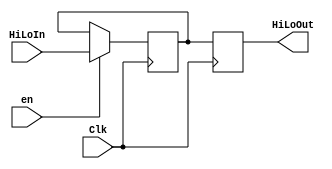
`timescale 1ns / 1ps
//////////////////////////////////////////////////////////////////////////////////
// Company: 
// Engineer: 
// 
// Design Name: 
// Module Name: HiLoRegisters
// Project Name: 
// Target Devices: 
// Tool Versions: 
// Description: 
// 
// Dependencies: 
// 
// Revision:
// Revision 0.01 - File Created
// Additional Comments:
// 
//////////////////////////////////////////////////////////////////////////////////


module HiLoRegisters(HiLoIn, HiLoOut, Clk, en);

    input Clk, en;
    input [63:0] HiLoIn;
    output reg [63:0] HiLoOut;
    
    reg [63:0] HiLoReg;
    
    //simple register that stores HiLo as one concatenated 64-bit value
    //this will be updated at each clock cycle; the old value will be muxed with
    //a new one to decide if HiLo should be updated. This will take place outside of
    //the module
//    assign HiLoNew = HiLo;
    always @(negedge Clk) begin
        HiLoOut <= HiLoReg;
    end
    always @(posedge Clk) begin
        if(en == 1) begin
            HiLoReg <= HiLoIn;
        end
    end

endmodule